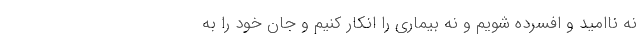
نه ناامید و افسرده شویم و نه بیماری را انکار کنیم و جان خود را به